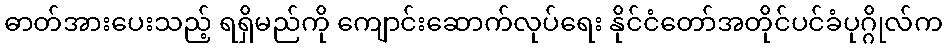
ဓာတ်အားပေးသည့် ရရှိမည်ကို ကျောင်းဆောက်လုပ်ရေး နိုင်ငံတော်အတိုင်ပင်ခံပုဂ္ဂိုလ်က